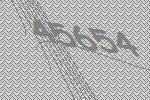
45654